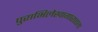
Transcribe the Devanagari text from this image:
पुराभिलेखागारातला